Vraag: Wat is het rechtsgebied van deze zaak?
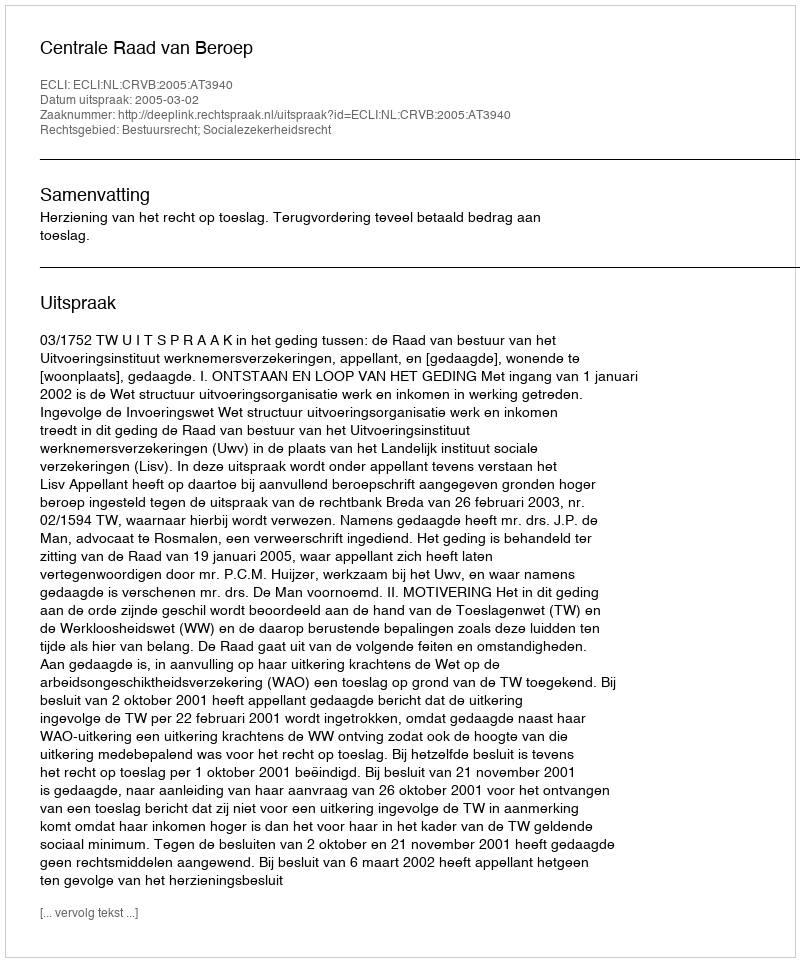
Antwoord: Bestuursrecht; Socialezekerheidsrecht